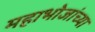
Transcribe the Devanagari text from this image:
महाभोजांच्या